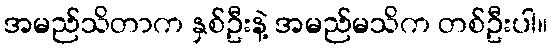
အမည်သိတာက နှစ်ဦးနဲ့ အမည်မသိက တစ်ဦးပါ။